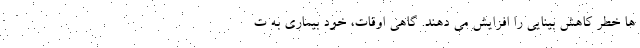
ها خطر کاهش بینایی را افزایش می دهند. گاهی اوقات، خود بیماری به ت